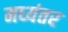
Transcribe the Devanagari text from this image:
मध्‍यंतर